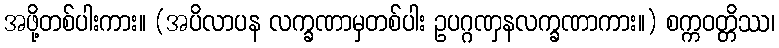
အဖို့တစ်ပါးကား။ (အပိလာပန လက္ခဏာမှတစ်ပါး ဥပဂ္ဂဏှနလက္ခဏာကား။) စက္ကဝတ္တိဿ၊